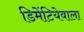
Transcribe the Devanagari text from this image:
डिमेंटियेवाला